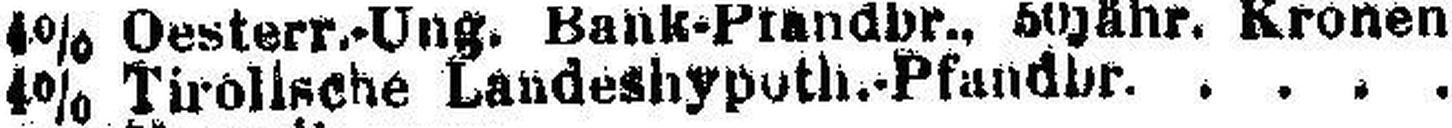
4% Tirolische Landeshypoth.-Pfandbr.